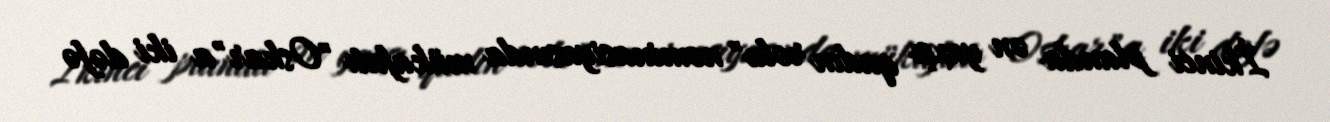
İkinci planda ən yaxşı qadın rolu" nominasiyasında mükafatı "Oskar"a iki dəfə